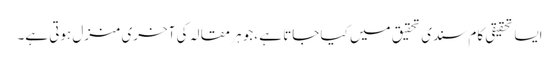
ایسا تحقیقی کام سندی تحقیق میں کیا جاتا ہے ،جو ہر مقالہ کی آخری منزل ہوتی ہے۔